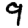
Digit: 9